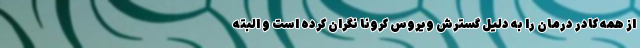
از همه کادر درمان را به دلیل گسترش ویروس کرونا نگران کرده است و البته